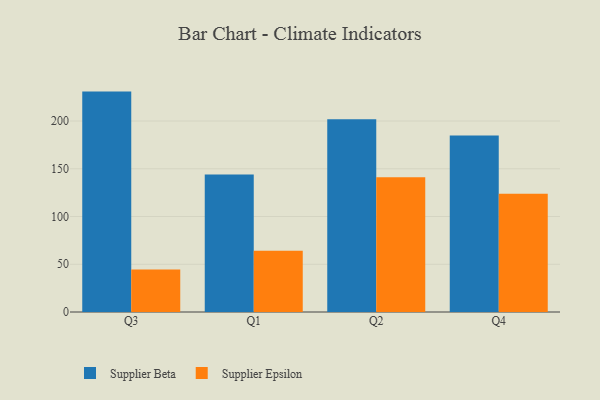
{"axis": {"x": "Quarter", "y": "Active Users"}, "legend": ["Supplier Beta", "Supplier Epsilon"], "data": [{"x": "Q3", "y": 230.8, "type": "Supplier Beta"}, {"x": "Q3", "y": 44.5, "type": "Supplier Epsilon"}, {"x": "Q1", "y": 143.9, "type": "Supplier Beta"}, {"x": "Q1", "y": 64.1, "type": "Supplier Epsilon"}, {"x": "Q2", "y": 201.9, "type": "Supplier Beta"}, {"x": "Q2", "y": 141.2, "type": "Supplier Epsilon"}, {"x": "Q4", "y": 184.7, "type": "Supplier Beta"}, {"x": "Q4", "y": 123.8, "type": "Supplier Epsilon"}]}